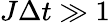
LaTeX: J\Delta t\gg 1